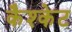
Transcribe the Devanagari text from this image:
कैश्केट